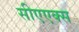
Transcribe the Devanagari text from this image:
सीएएक्स